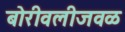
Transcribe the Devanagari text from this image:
बोरीवलीजवळ